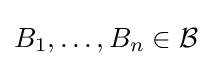
B_{1},\ldots ,B_{n}\in {\mathcal {B}}